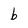
Character: b